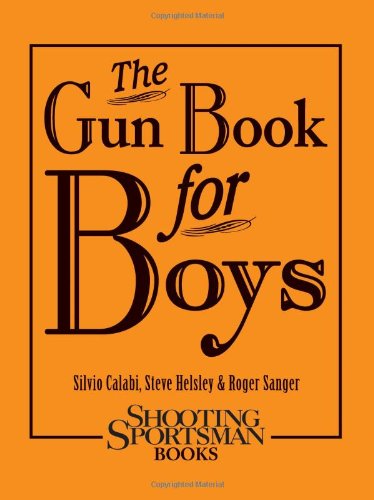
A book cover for The Gun Book for Boys; Silvio Calabi; Sports & Outdoors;